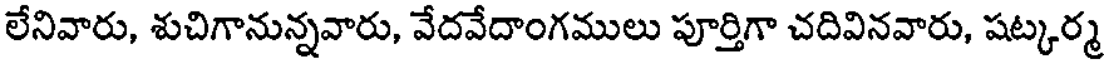
లేనివారు, శుచిగానున్నవారు, వేదవేదాంగములు పూర్తిగా చదివినవారు, షట్కర్మ